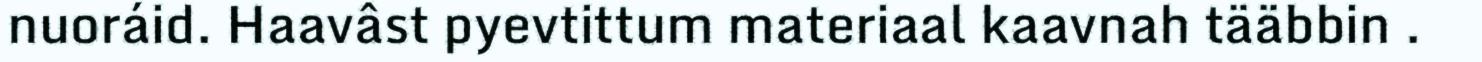
nuoráid. Haavâst pyevtittum materiaal kaavnah tääbbin .